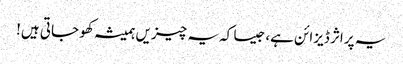
یہ پراثر ڈیزائن ہے، جیسا کہ یہ چیزیں ہمیشہ کھو جاتی ہیں!